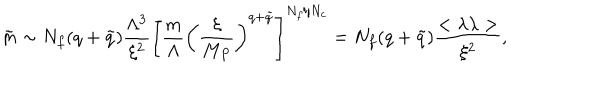
\tilde { m } \sim N _ { f } ( q + \tilde { q } ) { \frac { \Lambda ^ { 3 } } { \xi ^ { 2 } } } \left[ { \frac { m } { \Lambda } } \left( { \frac { \xi } { M _ { P } } } \right) ^ { q + \tilde { q } } \right] ^ { N _ { f } / N _ { c } } = N _ { f } ( q + \tilde { q } ) { \frac { < \lambda \lambda > } { \xi ^ { 2 } } } ,